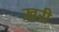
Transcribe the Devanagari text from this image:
ख़री